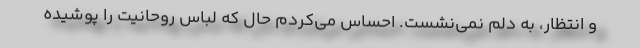
و انتظار، به دلم نمی‌نشست. احساس می‌کردم حال که لباس روحانیت را پوشیده